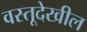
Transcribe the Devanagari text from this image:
वस्तूदेखील